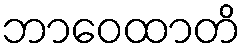
ဘာဝေထာတိ